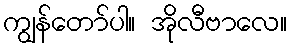
ကျွန်တော်ပါ။ အိုလီဗာလေ။